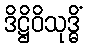
ဒိဋ္ဌိဝိသုဒ္ဓိံ